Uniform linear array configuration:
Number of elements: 4
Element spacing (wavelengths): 0.25
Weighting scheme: exponential
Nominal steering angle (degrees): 15
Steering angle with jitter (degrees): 13.149
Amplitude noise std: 0.05
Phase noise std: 0.05

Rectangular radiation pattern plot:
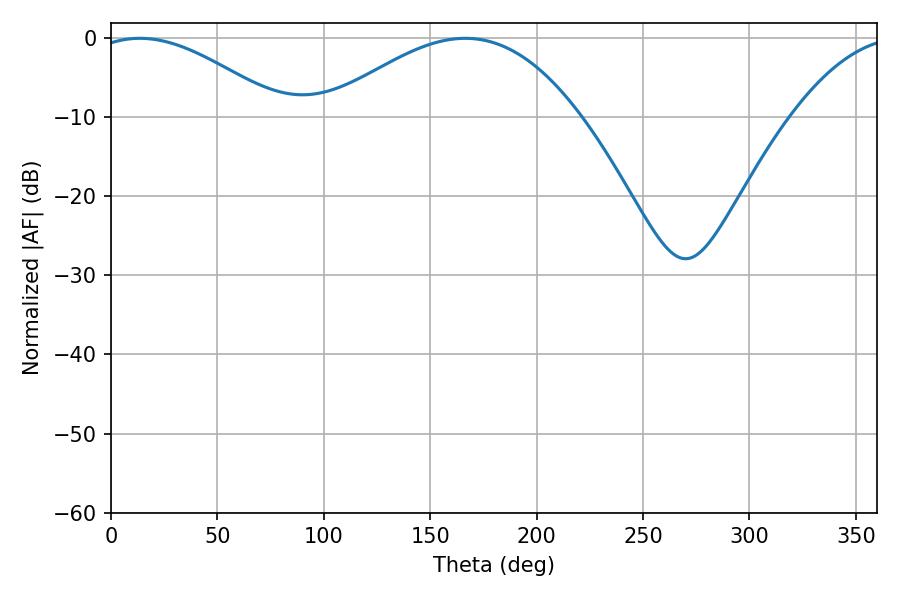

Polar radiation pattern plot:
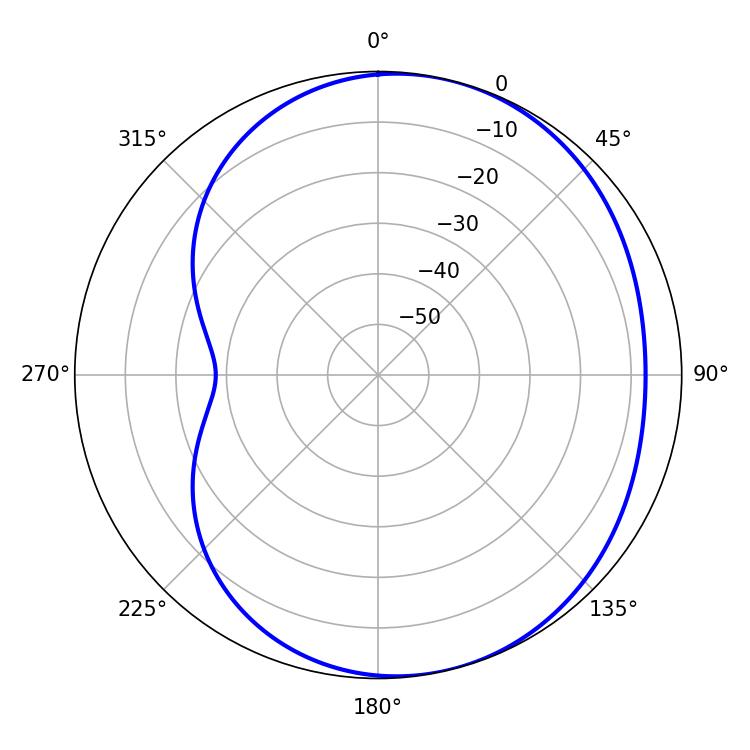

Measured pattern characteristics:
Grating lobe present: FALSE
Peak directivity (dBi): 4.463
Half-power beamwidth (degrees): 48.96
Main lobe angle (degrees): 13.5